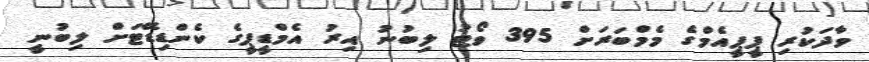
ވާދަކުރި ޕީޕީއެމްގެ މެމްބަރަށް 395 ވޯޓު ލިބުނު އިރު އެމްޑީޕީގެ ކެންޑިޑޭޓަށް ލިބުނީ